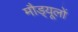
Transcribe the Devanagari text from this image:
मौड्यूलों